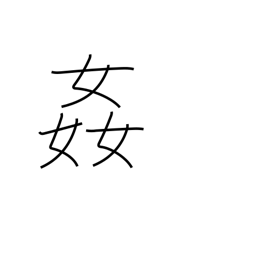
Meaning: seduce